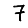
Digit: 7